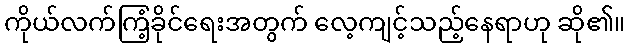
ကိုယ်လက်ကြံ့ခိုင်ရေးအတွက် လေ့ကျင့်သည့်နေရာဟု ဆို၏။